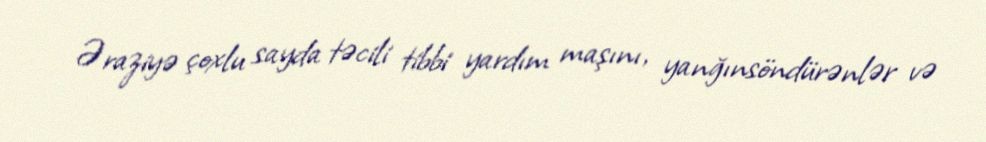
Əraziyə çoxlu sayda təcili tibbi yardım maşını, yanğınsöndürənlər və